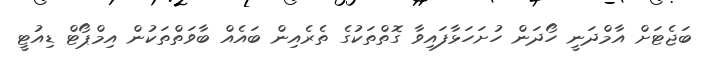
ބަޖެޓަށް އާމްދަނީ ހޯދަން ހުށަހަޅާފައިވާ ގޮތްތަކުގެ ތެރެއިން ބައެއް ބާވަތްތަކުން އިމްޕޯޓް ޑިއުޓީ